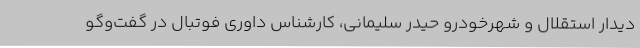
دیدار استقلال و شهرخودرو حیدر سلیمانی، کارشناس داوری فوتبال در گفت‌وگو